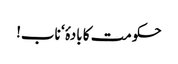
حکومت کا بادۂ‘ ناب!